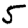
Digit: 5